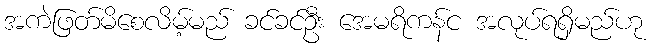
အကဲဖြတ်မိစေလိမ့်မည် ခင်ခင်ဦး အေမရိကန်င အလုပ်ရရှိမည်ဟု